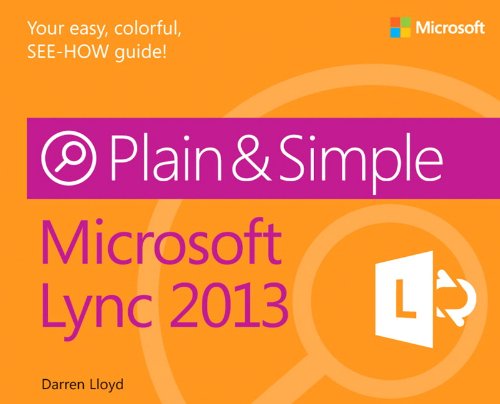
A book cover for Microsoft Lync 2013 Plain & Simple; Darren Lloyd; Computers & Technology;